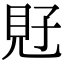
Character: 覎